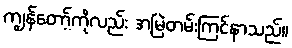
ကျွန်တော့်ကိုလည်း အမြဲတမ်းကြင်နာသည်။